Vital statistics of India. Vol. IV, Annual returns from 1871 to 1876. British Army of India, Native Army and jails of Bengal
Year: 1871
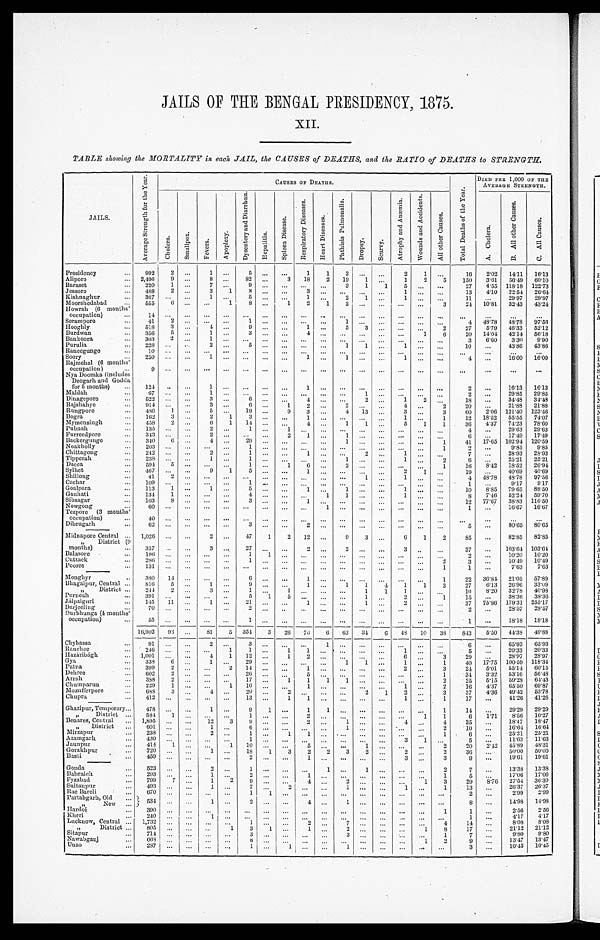
JAILS OF THE BENGAL PRESIDENCY, 1875.
XII.
TABLE showing the MORTALITY in each JAIL, the CAUSES of DEATHS, and the RATIO of DEATHS to STRENGTH.
JAILS.
A v e r a g e S t r e n g t h f o r t h e Y e a r .
CAUSES OF DEATHS.
T o t a l D e a t h s o f t h e Y e a r .
DIED PER 1,000 OF THE
AVERAGE STRENGTH.
Ch o l e r a . S m a l l p o x . Fevers.
A p o p l e x y .
D y s e n t e r y a n d D i a r r h æ a .
H e p a t i t i s .
Spl een Di sease.
R e s p i r a t o r y D i s e a s e s .
H e a r t D i s e a s e s . P h t h i s i s a n d P u l m o n a l i s .
Dr ops y.
Sc ur vy.
A t r o p h y a n d A n æ m i a .
W o u n d s a n d A c c i d e n t s .
A l l O t h e r C a u s e s
A . C h o l e r a
B . A l l o t h e r c a u s e s .
C . A l l C a u s e s .
Presidency
...
992
2
...
1 ...
5 ... ...
1
1
3
. . .
...
2
1 ...
16
2.02 14.11 16.13
Alipore
... 2,496
9 ...
8
. . . 82 ...
3 18
2 19
1 ...
1
2
5
150 3.61 56.49 60.10
Baraset
... 220
1 ...
7
. . .
9 ...
. . .
. . . . . . 3
1
1
5
. . .
. . .
27 4.55 118.18
1 2 2 . 7 3
Jessore
...
488
2 ...
3
1
3 ...
. . .
3
. . .
. . . ... ...
1
. . .
. . .
13 4.10 22.54 26.64
Kishnaghur
...
367 ... ...
1
. . .
5 ...
. . .
1
. . . 2
1 ...
1
. . .
. . .
11
...
29.97 29.97
Moorshedabad
...
555
6 ...
... 1
8 ...
1
2
1
2
. . . ...
...
. . . 3
24 10.8132.43
4 3 . 2 4
Howrah (6 months'
occupation)
..
1 4 ... ...
...
. . .
. . . ...
. . .
. . . . . .
. . .
. . . ... ... ...
. . . ...
. . .
. . .
...
Serampore
...
41 2 ...
...
. . .
1 ...
. . . ... ...
1
. . . ... ...
. . .
. . .
4
48.78 48.78 97.56
Hooghly
...
518
3 ...
4
. . .
9 ...
. . . 1 ...
5
3 ... ...
. . . 2
27
5.79 46.33 52.12
Burdwan
...
356
5 ...
1
. . . 3 ...
. . .
4 ...
. . . ... ... ...
1
6
20 14.04 42.14 56. 18
Bankoora
... 303
2 ...
1
. . .
. . . ...
. . .
. . . ...
. . .
. . .
... ...
. . .
. . .
3 6.60 3.30 9.90
Purulia
...
228 ... ...
2
. . . 5 ...
. . .
. . . ...
1
1 ...
1
. . .
. . .
10 ...
43.86
4 3 . 8 6
Raneegunge
..
1 0 ... ... ...
. . . ... ... ... ... ...
. . . ... ...
...
. . . . . .
...
...
. . .
...
Soory
...
250 ... ... 1
. . . ... ... ...
1 ...
1 ... ...
1 ... ... 4
...
16.00
1 6 . 0 0
Rajmehal (6 months'
occupation)
...
9 ... ... ... ...
... ... ... ... ... ... ... ... ...
... ...
...
...
...
...
Nya Doomka (includes
Deogarh and Godda
for 5 months)
...
124 .. ...
1 ...
... ... ...
1
...
. . .
. . . . . . ... ...
. . .
2 ...
16.13 16.13
Maldah
...
67 ... ...
1
. . .
. . .
... ...
. . . ...
. . .
1 . . . ...
. . .
. . .
2...
29.85 29.85
Dinagepore
...
5 2 2 ... ...
3 ...
6 ... ...
4 ...
. . .
2 . . . 1
2
. . .
18 ... 34.48 34.48
Rajshahye
...
9 1 4 ... ...
3
. . . 6 ...
1
2 ...
2
. . . . . . 4
. . . 2
20 ...
21.88 21.88
Rungpore
... 486
1 ...
5
. . . 19 ...
9
3 ...
4 13 ...
3
. . . 3
60 2.06 121.40 123.46
Bogra
...
162
3 ...
2
1
3 ...
. . . 1 ...
. . . ... ...
1 ...
1
12 18352 55.55 74.07
Mymensingh
... 458
2 ...
6
1 14 ... ...
4 ...
1
1 ...
5
1
1
36 4.37 74.23 78.60
Pubnah
...
135 ... ...
2
. . . 1 ... 1
. . . ...
. . .
. . . ...
...
. . .
. . .
4 ... 29.63 29.63
Furreedpore
...
343 ... ...
2
. . .
. . . ...
2
1 ...
1
. . . ...
...
. . . ...
6 ... 17.49 17.49
Backergunge
...
340
6 ...
4
. . . 29 ... ... ... ...
1
. . . ...
...
. . . 1
41 17.65 102.94 120. 59
Noakholly
...
2 0 3 ... ... ...
. . . 1 ... ... ... ...
. . .
. . . ... ... ...
1
2 ...
9.85
9 . 8 5
Chittagong
...
242 ... ...
2
. . .
1 ... ...
1 ...
. . .
2 ...
1
. . .
. . .
7 ...
28.93 28.93
Tipperah
...
238 ... ...
1
. . . 1 ... ... ... ...
1
. . . ...
1
. . . 2
6 ...
25.21 25.21
Dacca
... 594 5
... ... ...
1 ...
1
6 ...
2
. . . ...
...
. . . 1
16 8.42 18.52 26.94
Sylhet
4 6 7 ... ...
9
1
5 ...
. . . 1 ...
. . .
. . . ...
2
1
. . .
19
. . .
40.69 40.69
Shillong
...
41
2 ... ... ... ... ... ... ... ... ...
1 ...
1
. . .
. . .
4 48.78 48.78
97. 56
Cachar
...
109 ... ... ...
. . .
1 ... ...
... ... ...
... ... ...
...
1
. . .
9.17 9.17
Goalpara
...
113
1 ...
1
. . .
5 ... ...
1 ...
1 ... ...
1
. . .
. . .
10
8.85 79.65 88.50
Gauhati
...
134
1 ...
...
. . . 4 ... ...
. . . 1
1
. . .
...
1
. . .
. . .
8
7.46 52.24 59.70
Sibsagar
...
103
8 ...
...
. . . 3 ... ...
1 ... ... ... ... ... ...
...
12 77.67 38.83 116.50
Nowgong
...
6 0 ... ...
...
. . .
. . . ... ...
. . . 1
. . .
. . .
... ... ... . . .
1
. . . 16.67
1 6 . 6 7
Tezpore (3 mouths'
occupation)
...
40 ... ... ... ... ... ... ... ... ... ... ... ... ...
... ...
...
. . .
...
...
Dibrugarh
...
62 ... ... ...
. . . 3 ... ...
2 ...
. . .
. . .
... ...
. . .
. . .
5
. . .
80.65
8 0 . 6 5
Midnapore Central
" District
months)
...
...
1,026
357
...
...
2
3
. . .
. . .
47
27
1
...
2
...
12
2
...
...
9 2 3. . . ...
...
6
3
1
. .
2
. . .
85
37
...
...
82
. 85 103. 64
82. 85
103.64
Balasore
...
196 ... ...
...
. . .
1
1 ... ... ...
. . .
. . . ...
...
. . .
. . . 2 ...
10.20
1 0 . 2 0
Cuttack
...
286 ... ... ...
. . .
1
. . . ...
. . .
...
. . .
. . . . . . ... ...
2
3
. . .
10.49
1 0 . 4 9
Pooree
...
131 ... ... ...
. . .
. . .
. . . ...
. . .
...
. . .
. . . . . . ...
. . .
1
1
. . .
7.63 7. 63
Monghyr
..
380
14 ... ... ...
6 ... ...
1 ... ... ... ... ...
...
1
22 36.84 21.05 57. 89
Bhagalpur, Central
" District
...
...
8 1 6
244
5 2 ...
...
1
3
... . . .
9 1 ... ...
...
1
1. . . ...
...
1 . . . 1
1
4
1
1 1 1. . .
3 . . .
27 1 0
6.13
8.20
26.96
32.78
3 3 . 0 9
40.98
Purneah
... 391
... ...
... ..
5
1 5
. . . ... . . . 1 ...
2
. . . 1
15 ...
38.36
3 8 . 3 6
Jalpaiguri
...
145
11 ...
1
. . .
2 1
. . . ...
1 ...
. . .
1 ...
2
. . .
. . . 37 75.86 179.31
2 5 5 . 1 7
Darjeeling
...
70 ... ... ...
. . .
2
. . . ..
. . . ... ... ... ... ...
... ...
2 ...
28.57 28. 57
Durbhunga (4 months'
occupation)
...
5 5 ... ... ...
. . .
1
. . . ...
. . . ...
. . . ... ... ...
. . .
. . . 1
...
18.18 18. 18
16,902 93 ...
81
5 354
3 26 76
6 63 34
6 48 10 38
8 4 3
5.50 44.38 49. 88
Chybassa
...
91 ... ...
2
. . .
3
. . .
. . .
. . .
1
. . .
. . .
. . . ...
. . .
. . .
6
...
65.93
6 5 . 9 3
Ranehee
...
246 ... ...
...
1
1
. . . 1
1
. . .
. . .
. . .
. . . 1
. . .
. . .
5
...
20.33 20. 33
Hazaribagh
...
1 , 0 0 1 ... ...
4
1 12 ...
1
2 ... ...
. . . ...
6 ...
3
29 ...
28.97
2 8 . 9 7
Gya
...
338
6 ...
1
. . .
2 9 ...
. . .
. . . ...
1
1 ...
1
. . .
1
40 17.75 100.59
1 1 8 . 3 4
Patna
... 399
2 ... ...
2 14 ... ...
1 ...
. . . ... ...
2
. . .
3
24 5.01 55.14
6 0 . 1 5
Dehree
... 602
2 ... ...
. . .
2 6 ... ...
5 ... ... ... ...
... ...
1
34 3.32 53.16
5 6 . 4 8
Arrah
...
388
2 ... ...
. . . 17 ...
1
1
1
1
. . .
...
... ...
2
25 5.15 59.28 64. 43
Chumparun
...
229
1 ... ...
1 10 ... ...
1
. . .
. . .
. . .
... 1
. . .
2
16
4.37 65.50
6 9 . 8 7
Mozufferpore
...
688
3 ... 4
. . . 20 ... 2
. . .
. . .
. . .
2
1 2
. . .
3
37
4.36 49.42
5 3 . 7 8
Chupra
4 1 2 ... ... ...
. . . 13 ...
1
1
. . .
. . .
. . .
. . . 1
. . .
1
17 ...
41.26
4 1 . 2 6
Ghazipur, Temporary...
4 7 8 ... ... 1
. . .
9
1 ...
1
1
. . .
. . . ...
... . . .
1
14 ...
29.29 29. 29
" District ...
584
1 ... ...
...
1
. . . ...
2 ... ...
. . . ...
. . .
1
1
6
1.71 8.56 10.27
Benares, Central ... 1,895 ... ...
12
3
9
. . . ...
2
. . . 1
. . .
. . . 4 ...
4
35 ...
18.47
1 8 . 4 7
„ District ...
601 ... ...
1 ...
6
. . . ...
. . .
. . . 1
. . .
. . .
... . . .
2
10 ...
16.64
1 6 . 6 4
Mirzapur
. . . 238 ... ...
2 ...
1 ...
1
1
. . . . . .
. . .
. . .
. . .
. . .
1
6 ...
25.21
2 5 . 2 1
Azamgarh
. . . 430 ... ... ...
. . .
1 ...
. . . ...
. . .
. . . ... ...
3
1
. . .
5 ...
11.63
1 1 . 6 3
Jaunpur
...
414 1 ... ...
1 10 ...
. . .
5
. . .
. . .
1
. . .
...
. . .
2 20
2.42 45.89
4 8 . 3 1
Gorakhpur
. . .
7 2 0 ... ... 1
. . . 18
1
3
2
2
3
2 ...
2
. . .
2 36 ...
50.00
5 0 . 0 0
Basti
...
459 ...
... ... ...
2
. . . ...
1 ... ... ... ...
3
. . . 3
9
. . .
19.61
1 9 . 6 1
Gonda
. . .
4 5 9 ...
...
. . .
. . .
2
. . .
. . .
1 . . .
. . .
. . .
. . .
3
. . .
3
9
. . .
19.61
1 9 . 6 1
Bahrai eh
...
5 2 3 . . . ... 2
. . .
1
. . .
. . .
. . .
1
. . .
1
. . .
...
. . .
2
7 ...
13.38
1 3 . 3 8
Fyzabad
. . .
2 9 3
. . . ...
1
. . .
2
. . .
. . .
1
. . .
. . .
. . .
. . .
...
. . .
1
5 . . . 17.06
1 7 . 0 6
Sultanpur
. . .
7 9 9 7 ... 1
2
9
. . .
. . .
4
. . .
2 ... ...
. . . 1
3
2 9 8 . 7 6
27.54
3 6 . 3 0
Rae Bareli
. . .
4 9 3 ... ... 1
. . .
7
. . .
2
. . .
. . .
1
. . .
. . .
1
. . .
1
1 3
...
2 6 . 3 7
2 6 . 3 7
Partabgarh, Old
. . .
6 7 0 ... ...
. . .
. . .
1
1
. . .
. . .
. . .
. . .
. . .
. . .
...
. . .
. . .
2 ...
2.99
2 . 9 9
" New ... 534
. . . ... 1
. . .
2
. . .
. . .
4
. . .
1
. . .
. . .
...
. . .
. . .
8 ...
14.98
1 4 . 9 8
Hardoi
. . . 3 9 0
... ... ...
. . .
. . . ... ... ... ... ... ...
... ... ...
1
1 ...
2 . 5 6
2 . 5 6
Kher i
. . . 2 4 0
... ... 1
. . .
. . . ... ...
. . .
. . .
. . . ... ... ... ...
. . .
1 ...
4 . 1 7
4 . 1 7
Lucknow, Central . . . 1,732 ... ...
...
. . .
1 ... ...
2
. . .
7
. . .
. . . ...
...
4
14 ...
8 . 0 8
8 . 0 8
" D i s t r i c t ...
805 ... ... ...
1
3 1 ...
1
. . .
2 ...
... ...
1
8
17 ... 21.12
2 1 . 1 2
Sitapur
. . . 714 ... ... ...
. . .
3 ... ...
. . .
. . .
3
. . .
. . . ...
...
1
7 ...
9.80
9 . 8 0
Nawabganj
...
668 . . . ... ...
. . .
6 ... ...
... ... ... ...
... ...
1
2
9 ...
13.47
1 3 . 4 7
Unao
. . . 287 ... ... ...
. . .
1 ... 1
... ...
1
. . .
... ...
. . .
. . .
3
...
10.45
1 0 . 4 5